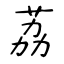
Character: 荔